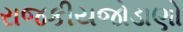
રાજકીયજોડાણો